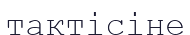
тактісіне